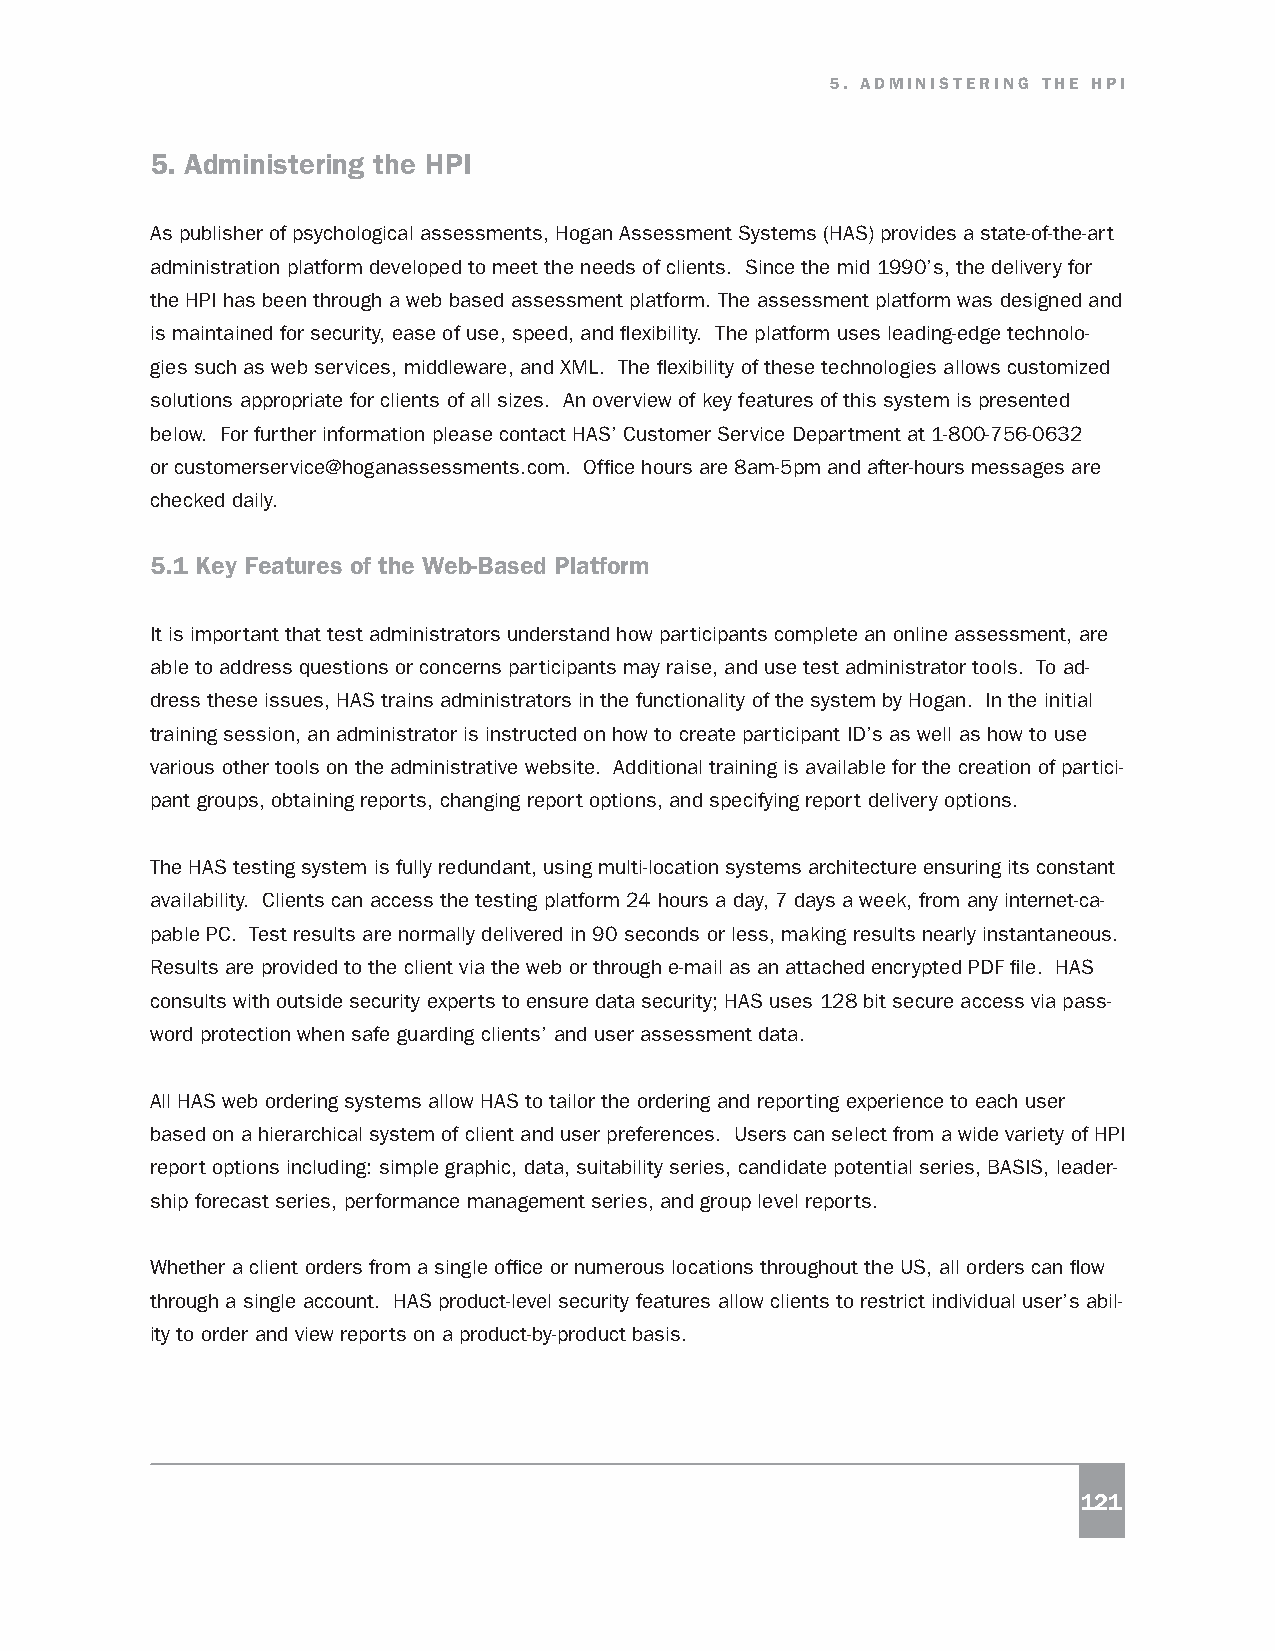
5. ADMINISTERING THE HPI
 5. Administering the HPI
 As publisher of psychological assessments, Hogan Assessment Systems (HAS) provides a state-of-the-art
 administration platform developed to meet the needs of clients. Since the mid 1990’s, the delivery for
 the HPI has been through a web based assessment platform. The assessment platform was designed and
 is maintained for security, ease of use, speed, and flexibility. The platform uses leading-edge technolo-
 gies such as web services, middleware, and XML. The flexibility of these technologies allows customized
 solutions appropriate for clients of all sizes. An overview of key features of this system is presented
 below. For further information please contact HAS’ Customer Service Department at 1-800-756-0632
 or customerservice@hoganassessments.com. Office hours are 8am-5pm and after-hours messages are
 checked daily.
 5.1 Key Features of the Web-Based Platform
 It is important that test administrators understand how participants complete an online assessment, are
 able to address questions or concerns participants may raise, and use test administrator tools. To ad-
 dress these issues, HAS trains administrators in the functionality of the system by Hogan. In the initial
 training session, an administrator is instructed on how to create participant ID’s as well as how to use
 various other tools on the administrative website. Additional training is available for the creation of partici-
 pant groups, obtaining reports, changing report options, and specifying report delivery options.
 The HAS testing system is fully redundant, using multi-location systems architecture ensuring its constant
 availability. Clients can access the testing platform 24 hours a day, 7 days a week, from any internet-ca-
 pable PC. Test results are normally delivered in 90 seconds or less, making results nearly instantaneous.
 Results are provided to the client via the web or through e-mail as an attached encrypted PDF file. HAS
 consults with outside security experts to ensure data security; HAS uses 128 bit secure access via pass-
 word protection when safe guarding clients’ and user assessment data.
 All HAS web ordering systems allow HAS to tailor the ordering and reporting experience to each user
 based on a hierarchical system of client and user preferences. Users can select from a wide variety of HPI
 report options including: simple graphic, data, suitability series, candidate potential series, BASIS, leader-
 ship forecast series, performance management series, and group level reports.
 Whether a client orders from a single office or numerous locations throughout the US, all orders can flow
 through a single account. HAS product-level security features allow clients to restrict individual user’s abil-
 ity to order and view reports on a product-by-product basis.
 121